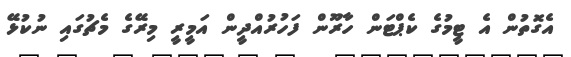
އެގޮތުން އެ ޓީމުގެ ކެޕްޓަން ހާރޫން ފަހުރުއްދީން އަމީރީ މިރޭގެ މެޗުގައި ނުކުޅޭ